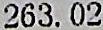
263.02